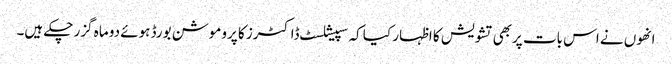
انھوں نے اس بات پربھی تشویش کا اظہار کیا کہ سپیشلسٹ ڈاکٹرز کا پروموشن بورڈ ہوئے دو ماہ گزر چکے ہیں۔